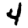
Digit: 4